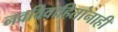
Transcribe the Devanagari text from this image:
नवविवाहितांनाही